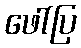
ဖေါ်ပြ